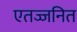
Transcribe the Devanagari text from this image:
एतज्जनित